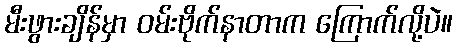
မီးဖွားချိန်မှာ ဝမ်းဗိုက်နာတာက ကြောက်လို့ပဲ။